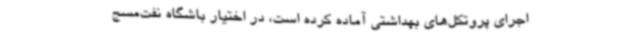
اجرای پروتکل‌های بهداشتی آماده کرده است، در اختیار باشگاه نفت‌مسج